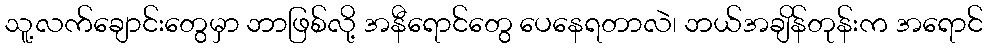
သူ့လက်ချောင်းတွေမှာ ဘာဖြစ်လို့ အနီရောင်တွေ ပေနေရတာလဲ၊ ဘယ်အချိန်တုန်းက အရောင်